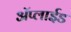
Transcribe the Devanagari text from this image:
ॲप्लाईड